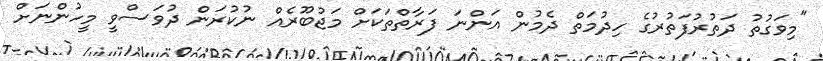
"މިވަގުތު ދަތުރުފަތުރުގެ ހިދުމަތް ދެމުން އަންނަ ފަރާތްތަކަށް މަޖުބޫރެއް ނުކުރަން ދުވަސްވީ މީހުންނަށް